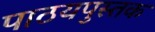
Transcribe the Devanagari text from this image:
पाठयपुस्तक